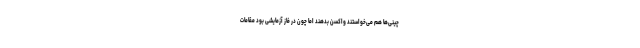
چینی‌ها هم می‌خواستند واکسن بدهند اما چون در فاز آزمایشی بود مقامات